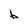
Character: b